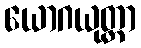
ယောဂယုတ္တာ